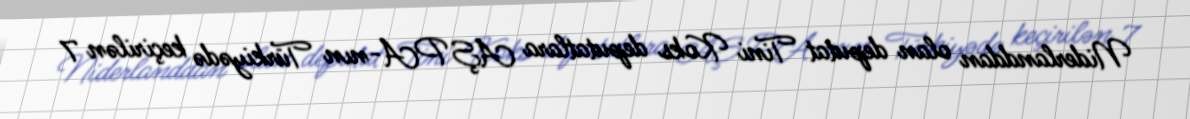
Niderlanddan olan deputat Tini Koks deputatlara AŞ PA-nın Türkiyədə keçirilən 7